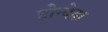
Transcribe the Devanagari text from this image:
होन्देदा